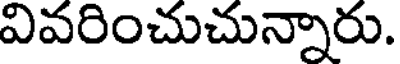
వివరించుచున్నారు.